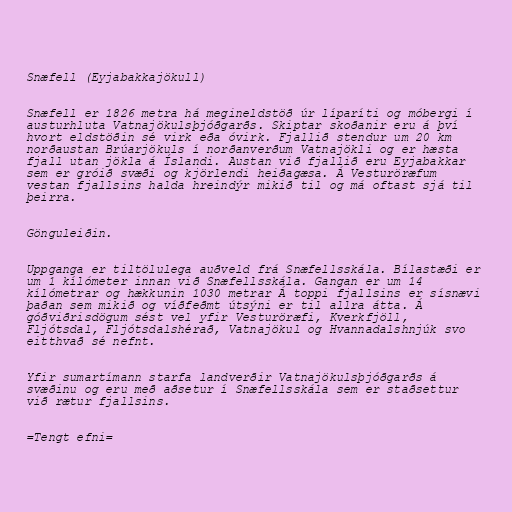
Snæfell (Eyjabakkajökull)

Snæfell er 1826 metra há megineldstöð úr líparíti og móbergi í
austurhluta Vatnajökulsþjóðgarðs. Skiptar skoðanir eru á því
hvort eldstöðin sé virk eða óvirk. Fjallið stendur um 20 km
norðaustan Brúarjökuls í norðanverðum Vatnajökli og er hæsta
fjall utan jökla á Íslandi. Austan við fjallið eru Eyjabakkar
sem er gróið svæði og kjörlendi heiðagæsa. Á Vesturöræfum
vestan fjallsins halda hreindýr mikið til og má oftast sjá til
þeirra.

Gönguleiðin.

Uppganga er tiltölulega auðveld frá Snæfellsskála. Bílastæði er
um 1 kílómeter innan við Snæfellsskála. Gangan er um 14
kílómetrar og hækkunin 1030 metrar Á toppi fjallsins er sísnævi
þaðan sem mikið og víðfeðmt útsýni er til allra átta. Á
góðviðrisdögum sést vel yfir Vesturöræfi, Kverkfjöll,
Fljótsdal, Fljótsdalshérað, Vatnajökul og Hvannadalshnjúk svo
eitthvað sé nefnt.

Yfir sumartímann starfa landverðir Vatnajökulsþjóðgarðs á
svæðinu og eru með aðsetur í Snæfellsskála sem er staðsettur
við rætur fjallsins.

=Tengt efni=